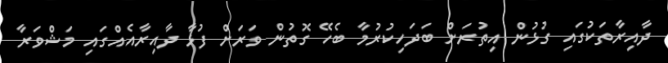
ދާއިރާތަކުގައި ގުޅުން އިތުރަށް ބަދަހިކުރުމާ ބެހޭ ގޮތުން ވަރަށް ފުޅާ ދާއިރާއެއްގައި މަޝްވަރާ